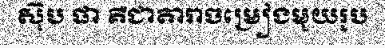
ស៊ុប ផា គឺជាតារាចម្រៀងមួយរូប